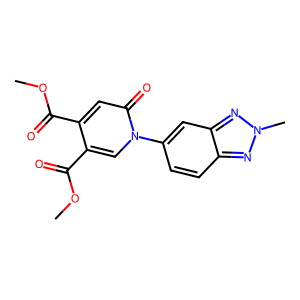
SMILES: COC(=O)c1cc(=O)n(-c2ccc3nn(C)nc3c2)cc1C(=O)OC
Inhibits HIV replication: No